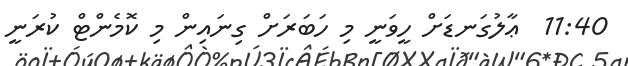
11:40  ޢާލުގަނޑަށް ހީވަނީ މި ހަބަރަށް ގިނައިން މި ކޮމެންޓް ކުރަނީ